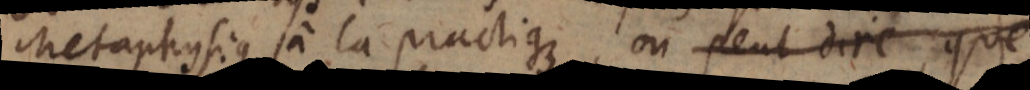
Metaphysique à la pratique, on peut dire que